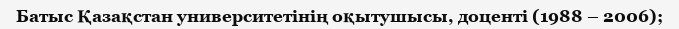
Батыс Қазақстан университетінің оқытушысы, доценті (1988 – 2006);